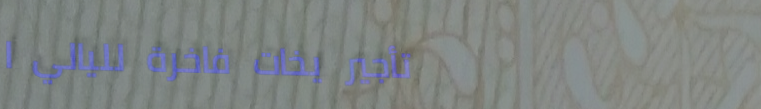
تأجير يخات فاخرة لليالي ا